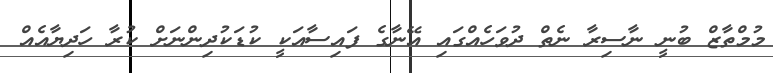
މުމްތާޒް ބުނީ ނާސިރާ ނެތް ދުވަހެއްގައި އޭނާގެ ފައިސާއަކީ ކުޑަކުދިންނަށް ކުރާ ހަދިޔާއެއް